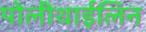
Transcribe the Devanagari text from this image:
पोलीथाईलिन